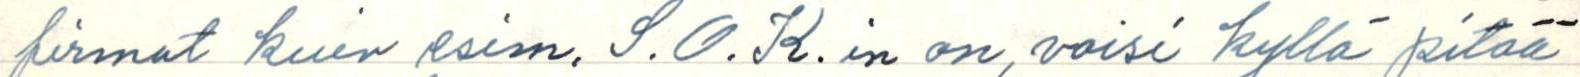
firmat kuin esim. S.O.K. in on, voisi kyllä pitää